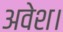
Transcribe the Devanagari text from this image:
अवेश।